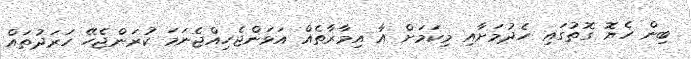
ބިން ހެޔޮ ގޮތުގައި ހެދުމަށާއި މިކަމަށް އާ އިމާރާތެއް އަޅަންޖެހިއްޖެނަމަ ކުރަންޖެހޭ ހަރަދުތައް